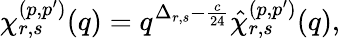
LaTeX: \chi_{r,s}^{(p,p^{\prime})}(q)=q^{\Delta_{r,s}-\frac{c}{24}}\hat{\chi}_{r,s}^{(p,p^{\prime})}(q),